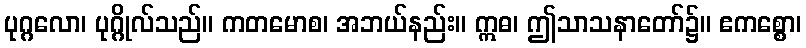
ပုဂ္ဂလော၊ ပုဂ္ဂိုလ်သည်။ ကတမောစ၊ အဘယ်နည်း။ ဣဓ၊ ဤသာသနာတော်၌။ ဧကစ္စော၊